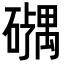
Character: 𪿹